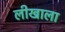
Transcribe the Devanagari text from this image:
लीखाला